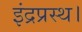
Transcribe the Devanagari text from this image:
इंद्रप्रस्थ।